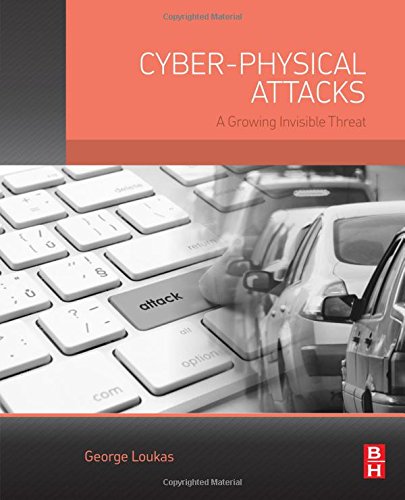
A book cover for Cyber-Physical Attacks: A Growing Invisible Threat; George Loukas PhD in Network Security  Imperial College  UK; MEng in Electrical Engineering and Computer Science  NTUA  Greece.; Computers & Technology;